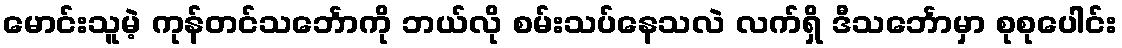
မောင်းသူမဲ့ ကုန်တင်သင်္ဘောကို ဘယ်လို စမ်းသပ်နေသလဲ လက်ရှိ ဒီသင်္ဘောမှာ စုစုပေါင်း